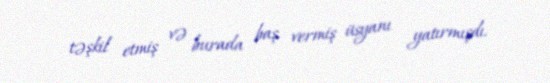
təşkil etmiş və burada baş vermiş üsyanı yatırmışdı.